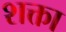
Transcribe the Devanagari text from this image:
शक्ता